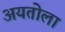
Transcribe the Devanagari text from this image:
अयतोला